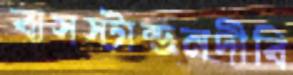
বাসস্টান্ডনদীবি